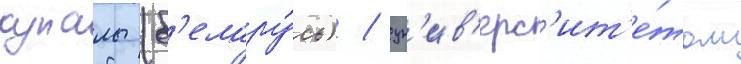
купалы (б'елару́сь) / ун'ив'ерс'ит'е́том